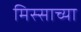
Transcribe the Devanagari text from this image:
मिस्साच्या